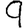
Digit: 9